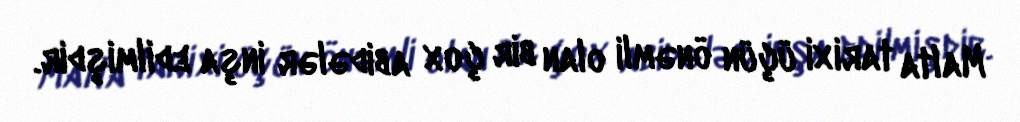
Malta tarixi üçün önəmli olan bir çox abidələr inşa edilmişdir.